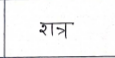
मजकूर: रात्र